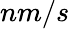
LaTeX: nm/s